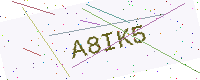
Text: A8IK5